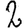
Digit: 2